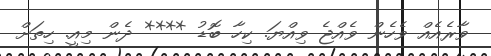
ވާރެއެއް ވެހެން ވެއްޖެ ވިއްޔަ. ކިހާ ބޮޑު **** ދެން މިއީ. ހިތަށް